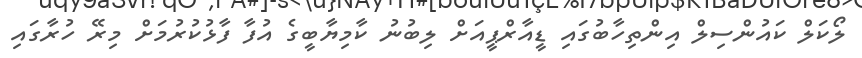
ލޯކަލް ކައުންސިލް އިންތިހާބުގައި ޑީއާރްޕީއަށް ލިބުނު ކާމިޔާބީގެ އުފާ ފާޅުކުރުމަށް މިރޭ ހުރާގައި